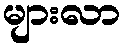
များလာ